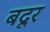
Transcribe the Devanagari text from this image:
बदूर